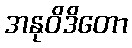
အနုဝိဒိတော